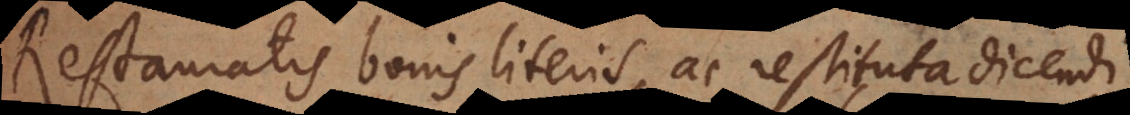
Restauratis bonis literis, ac restituta dicendi